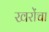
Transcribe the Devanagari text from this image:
खरोंचा